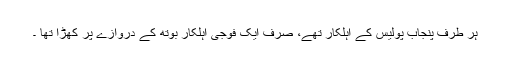
ہر طرف پنجاب پولیس کے اہلکار تھے، صرف ایک فوجی اہلکار بوتھ کے دروازے پر کھڑا تھا ۔